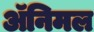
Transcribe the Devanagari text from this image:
ॲनिमल